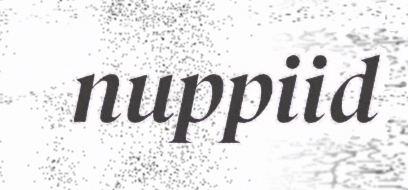
nuppiid